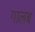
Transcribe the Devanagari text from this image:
गालब